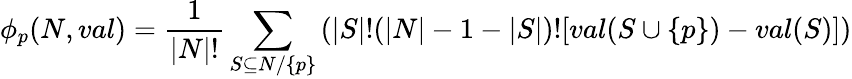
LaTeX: \phi_{p}(N,val)=\frac{1}{|N|!}\sum_{S\subseteq N/\{ p\} }\left(|S|!(|N|-1-|S|)![val(S\cup\{ p\} )-val(S)]\right)